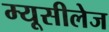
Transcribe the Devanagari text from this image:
म्यूसीलेज